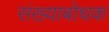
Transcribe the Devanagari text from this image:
संख्याबोधक